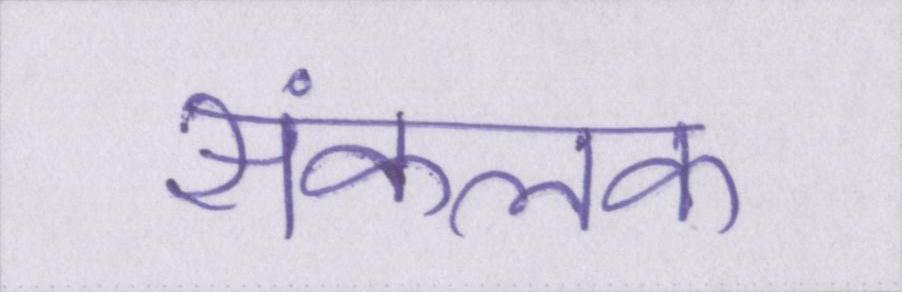
संकलक